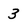
Character: 3